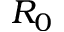
R _ { 0 }